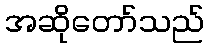
အဆိုတော်သည်